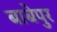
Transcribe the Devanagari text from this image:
बाबेपुर